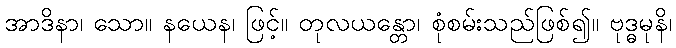
အာဒိနာ၊ သော။ နယေန၊ ဖြင့်။ တုလယန္တော၊ စုံစမ်းသည်ဖြစ်၍။ ဗုဒ္ဓမုနိ၊